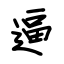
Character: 逼